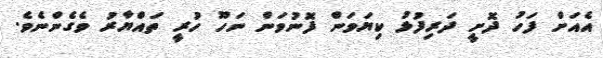
އެއަށް ފަހު ދޮށީ ދަރިފުޅު ކިޔަވަން ފޮނުވަން ނަހޫ ހުރީ ތައްޔާރު ވެގެންނެވެ.